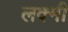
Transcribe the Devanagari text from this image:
लक्मी